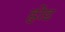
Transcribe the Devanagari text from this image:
ह्रोड